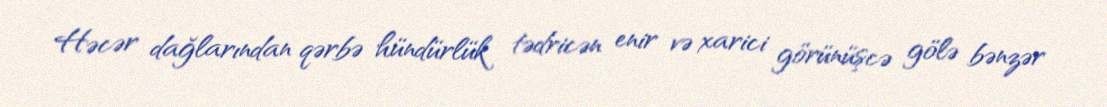
Həcər dağlarından qərbə hündürlük tədricən enir və xarici görünüşcə gölə bənzər